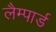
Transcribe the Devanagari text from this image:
लैम्पार्ड